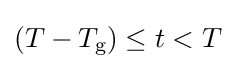
(T-T_{\text{g}})\leq t<T